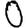
Digit: 0